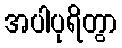
အပါပုရိတွာ